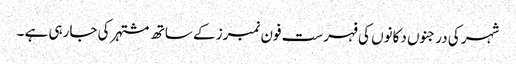
شہر کی درجنوں دکانوں کی فہرست فون نمبرز کے ساتھ مشتہر کی جارہی ہے ۔